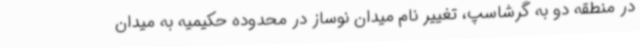
در منطقه دو به گرشاسپ، تغییر نام میدان نوساز در محدوده حکیمیه به میدان